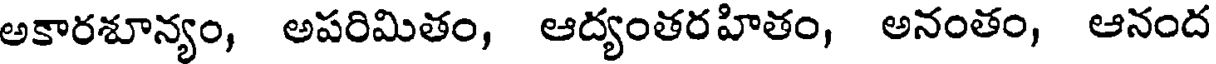
అకారశూన్యం, అపరిమితం, ఆద్యంతర హితం, అనంతం, ఆనంద